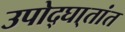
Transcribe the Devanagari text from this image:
उपोद्‌घा्तांत